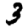
Digit: 3